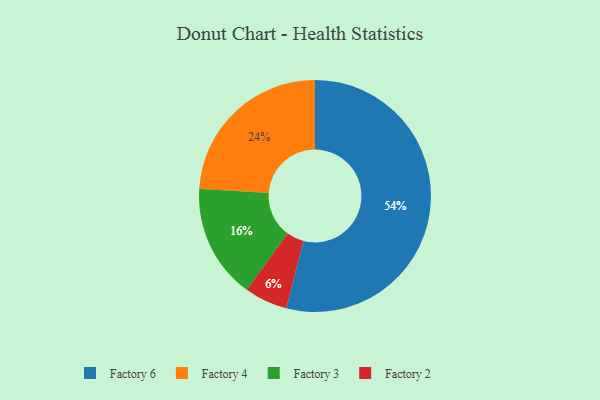
{"axis": {"x": "Category", "y": "Percentage"}, "legend": ["Factory 2", "Factory 3", "Factory 4", "Factory 6"], "data": [{"x": "Factory 2", "y": 6, "type": "Factory 2"}, {"x": "Factory 6", "y": 54, "type": "Factory 6"}, {"x": "Factory 3", "y": 16, "type": "Factory 3"}, {"x": "Factory 4", "y": 24, "type": "Factory 4"}]}